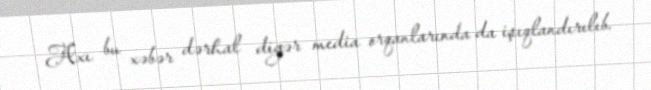
Axı bu xəbər dərhal digər media orqanlarında da işıqlandırılıb.